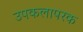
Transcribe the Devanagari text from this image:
उपकलापरक